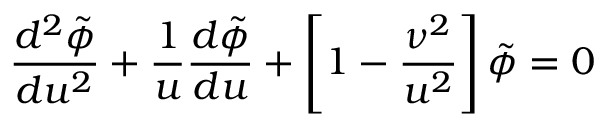
{ \frac { d ^ { 2 } \tilde { \phi } } { d u ^ { 2 } } } + { \frac { 1 } { u } } { \frac { d \tilde { \phi } } { d u } } + \left[ 1 - { \frac { \nu ^ { 2 } } { u ^ { 2 } } } \right] \tilde { \phi } = 0